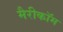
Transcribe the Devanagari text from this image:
मैरीकॉम